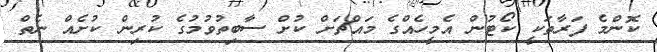
ކޮންމެ ފަރާތަކީ ކޯޓުން އެމީހެއްގެ މައްޗަށް ކުށް ސާބިތުވުމުގެ ކުރިން ކުށެއް ނެތް